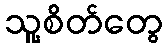
သူ့စိတ်တွေ